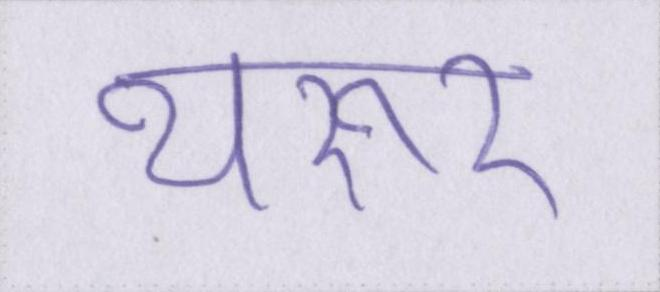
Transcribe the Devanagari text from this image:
थरूर